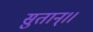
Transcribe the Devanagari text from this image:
सुतान्।।